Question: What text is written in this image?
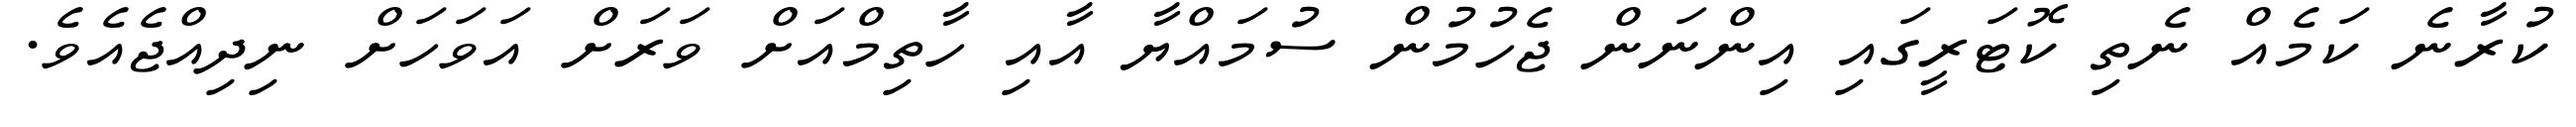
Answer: ކުރާނެ ކަމެއް ނެތި ކޮޓަރީގައި އިންނަން ޖެހުމުން ސުމައްޔާ އާއި ހާތިމްއަށް ވަރަށް އަވަހަށް ނިދިއްޖެއެވެ.